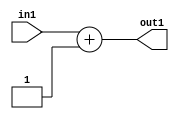
`timescale 1ps / 1ps
/*****************************************************************************
    Verilog RTL Description
    
    
    Created by: Stratus DpOpt 2019.1.01 
*******************************************************************************/

module feature_write_addr_gen_Add2i1u32_4_1 (
	in1,
	out1
	); /* architecture "behavioural" */ 
input [31:0] in1;
output [31:0] out1;
wire [31:0] asc001;

assign asc001 = 
	+(in1)
	+(32'B00000000000000000000000000000001);

assign out1 = asc001;
endmodule

/* CADENCE  ubL3TQE= : u9/ySgnWtBlWxVPRXgAZ4Og= ** DO NOT EDIT THIS LINE ******/